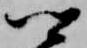
卿